Report of the Bombay Plague Committee
Disease focus: Plague
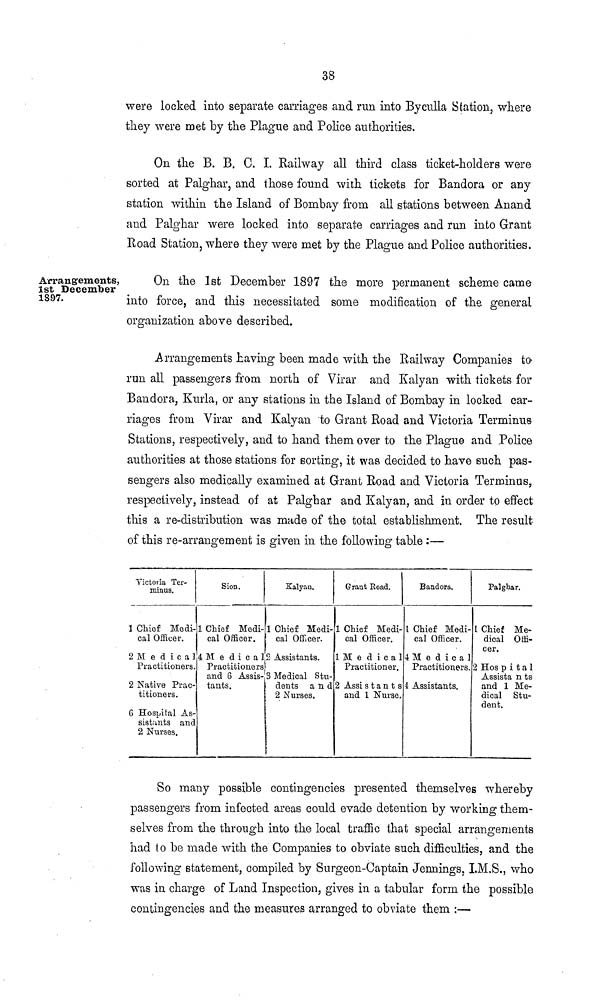
38
were locked into separate carriages and run into Byculla Station, where
they were met by the Plague and Police authorities.
On the B. B. C. I. Railway all third class ticket-holders were
sorted at Palghar, and those found with tickets for Bandora or any
station within the Island of Bombay from all stations between Anand
and Palghar were locked into separate carriages and run into Grant
Road Station, where they were met by the Plague and Police authorities.
Arrangements,
1st December
1897.
On the 1st December 1897 the more permanent scheme came
into force, and this necessitated some modification of the general
organization above described.
Arrangements having been made with the Railway Companies to-
run all passengers from north of Virar and Kalyan with tickets for
Bandora, Kurla, or any stations in the Island of Bombay in locked car-
riages from Virar and Kalyan to Grant Road and Victoria Terminus
Stations, respectively, and to hand them over to the Plague and Police
authorities at those stations for sorting, it was decided to have such pas-
sengers also medically examined at Grant Road and Victoria Terminus,
respectively, instead of at Palghar and Kalyan, and in order to effect
this a re-distribution was made of the total establishment. The result
of this re-arrangement is given in the following table :—
Victoria Ter-
minus.
1 Chief Medi-
cal Officer.
2 M e d i c a l
Practitioners.
2 Native Prac-
titioners.
6 Hospital As-
sistunts and
2 Nurses.
Sion.
1 Chief Medi-
cal Officer.
4 M e d i c a l
Practitioners
and 6 Assis-
tants.
Kalyan.
1 Chief Medi-
cal Officer.
2 Assistants.
3 Medical Stu-
dents a n d
2 Nurses.
Grant Road.
1 Chief Medi-
cal Officer.
1 M e d i c a 1
Practitioner.
2 Assi s t a n t s
and 1 Nurse.
Bandora.
I Chief Medi-
cal Officer.
4 M e d i c a l
Practitioners.
4 Assistants.
Palghar.
1 Chief Me-
dical Offi-
cer.
2 Hos p i t a 1
Assista n ts
and 1 Me-
dical Stu-
dent.
So many possible contingencies presented themselves whereby
passengers from infected areas could evade detention by working them-
selves from the through into the local traffic that special arrangements
had to be made with the Companies to obviate such difficulties, and the
following statement, compiled by Surgeon-Captain Jennings, I.M.S., who
was in charge of Land Inspection, gives in a tabular form the possible
contingencies and the measures arranged to obviate them :—